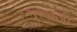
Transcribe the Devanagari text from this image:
नरेशजी